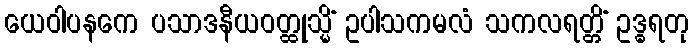
ယေဝါပနကေ ပသာဒနီယဝတ္ထုသ္မိံ ဥပါသကမလံ သကလရတ္တိံ ဥဒ္ဓရတု